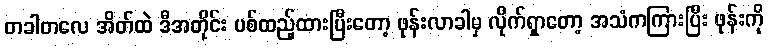
တခါတလေ အိတ်ထဲ ဒီအတိုင်း ပစ်ထည့်ထားပြီးတော့ ဖုန်းလာခါမှ လိုက်ရှာတော့ အသံကကြားပြီး ဖုန်းကို